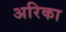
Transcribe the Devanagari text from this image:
अरिका